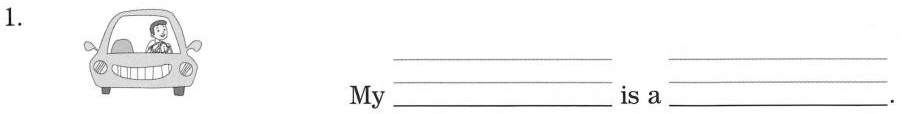
1. My ___ is a ___ .